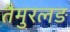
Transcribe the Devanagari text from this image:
तैमुरलङ